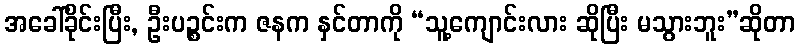
အခေါ်ခိုင်းပြီး, ဦးပဉ္စင်းက ဇနက နှင်တာကို “သူ့ကျောင်းလား ဆိုပြီး မသွားဘူး”ဆိုတာ